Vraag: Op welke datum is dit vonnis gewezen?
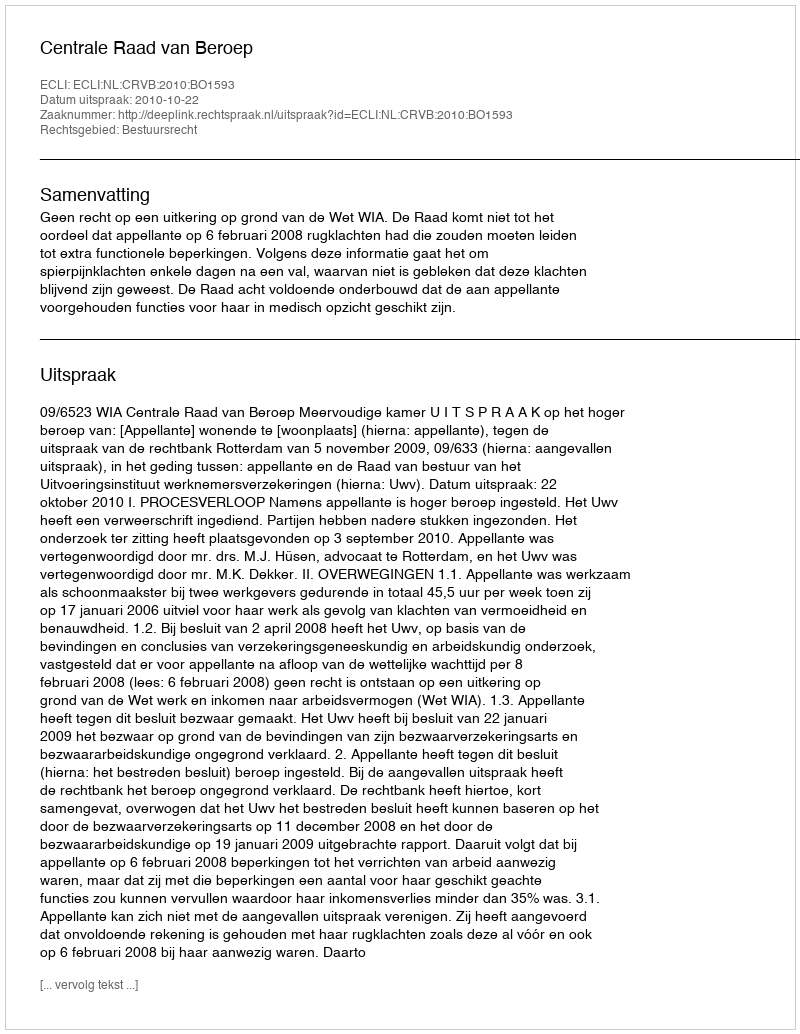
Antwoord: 2010-10-22